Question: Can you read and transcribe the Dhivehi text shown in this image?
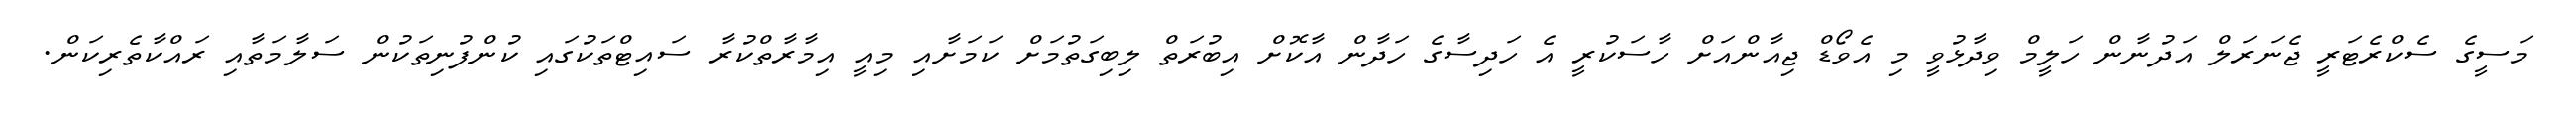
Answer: މަސީގެ ސެކްރެޓަރީ ޖެނަރަލް އަދުނާން ހަލީމް ވިދާޅުވީ މި އެވޯޑް ޖިއާންއަށް ހާސަކުރީ އެ ހަދިސާގެ ހަދާން އާކޮށް އިބުރަތް ލިބިގަތުމަށް ކަމަށާއި މިއީ އިމާރާތްކުރާ ސައިޓްތަކުގައި ކުންފުނިތަކުން ސަލާމަތާއި ރައްކާތެރިކަން.